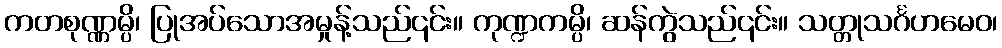
ကတစုဏ္ဏမ္ပိ၊ ပြုအပ်သောအမှုန့်သည်၎င်း။ ကုဏ္ဍကမ္ပိ၊ ဆန်ကွဲသည်၎င်း။ သတ္တုသင်္ဂဟမေဝ၊